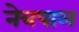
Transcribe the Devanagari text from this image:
नेत्रपाल